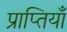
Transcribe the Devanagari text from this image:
प्राप्तियाँ